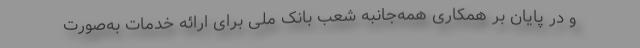
و در پایان بر همکاری همه‌جانبه شعب بانک ملی برای ارائه خدمات به‌صورت